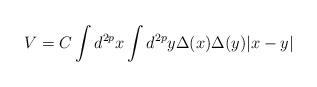
LaTeX: \begin{align*}V = C \int d^{2p}x \int d^{2p}y \Delta(x) \Delta(y) |x-y|\end{align*}